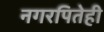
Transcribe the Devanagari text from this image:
नगरपितेही